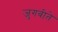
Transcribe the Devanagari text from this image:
जुगबीते